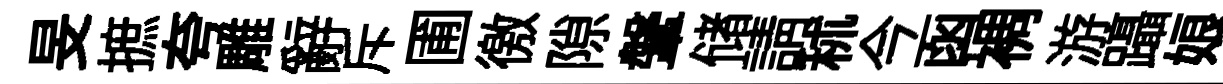
旻摭夸雕辭斥圃徼隙鞶储請秫今函裯游躡娘